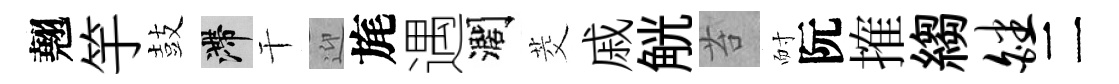
翹竽鼓滯干迎旄遇濶茭戚觥苔耐阮搉縐皤二